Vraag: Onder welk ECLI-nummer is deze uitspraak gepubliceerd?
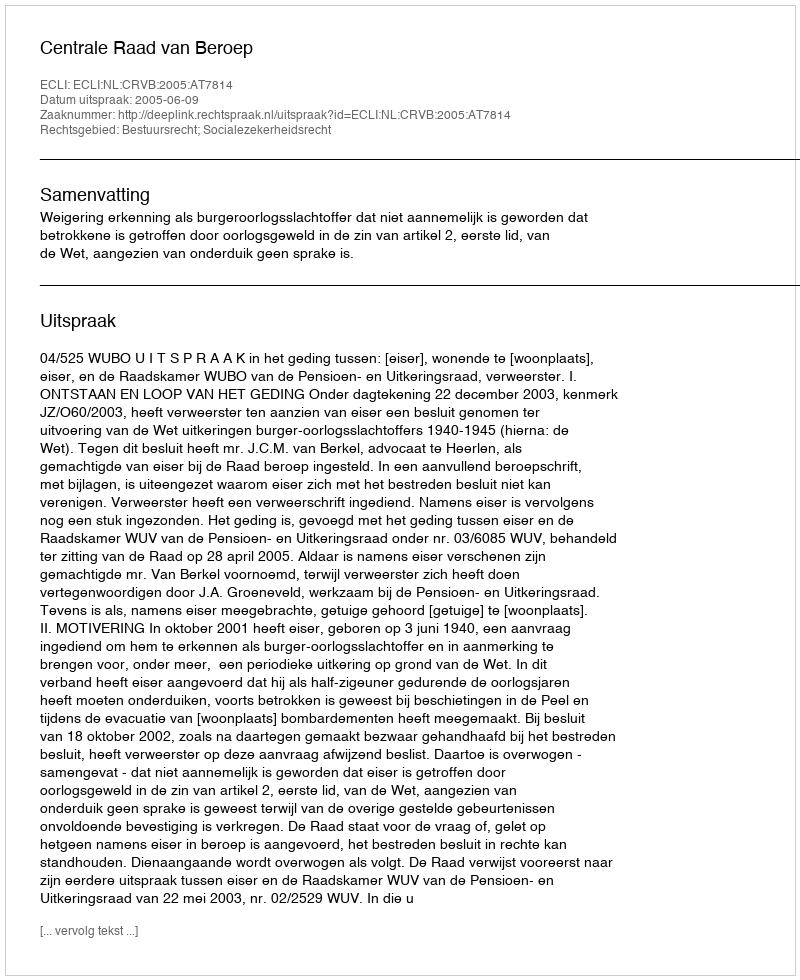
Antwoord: ECLI:NL:CRVB:2005:AT7814